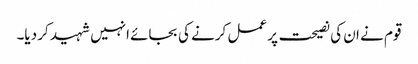
قوم نے ان کی نصیحت پر عمل کرنے کی بجائے انہیں شہید کر دیا۔